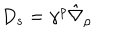
D _ { s } = \gamma ^ { \rho } \hat { \nabla } _ { \rho }